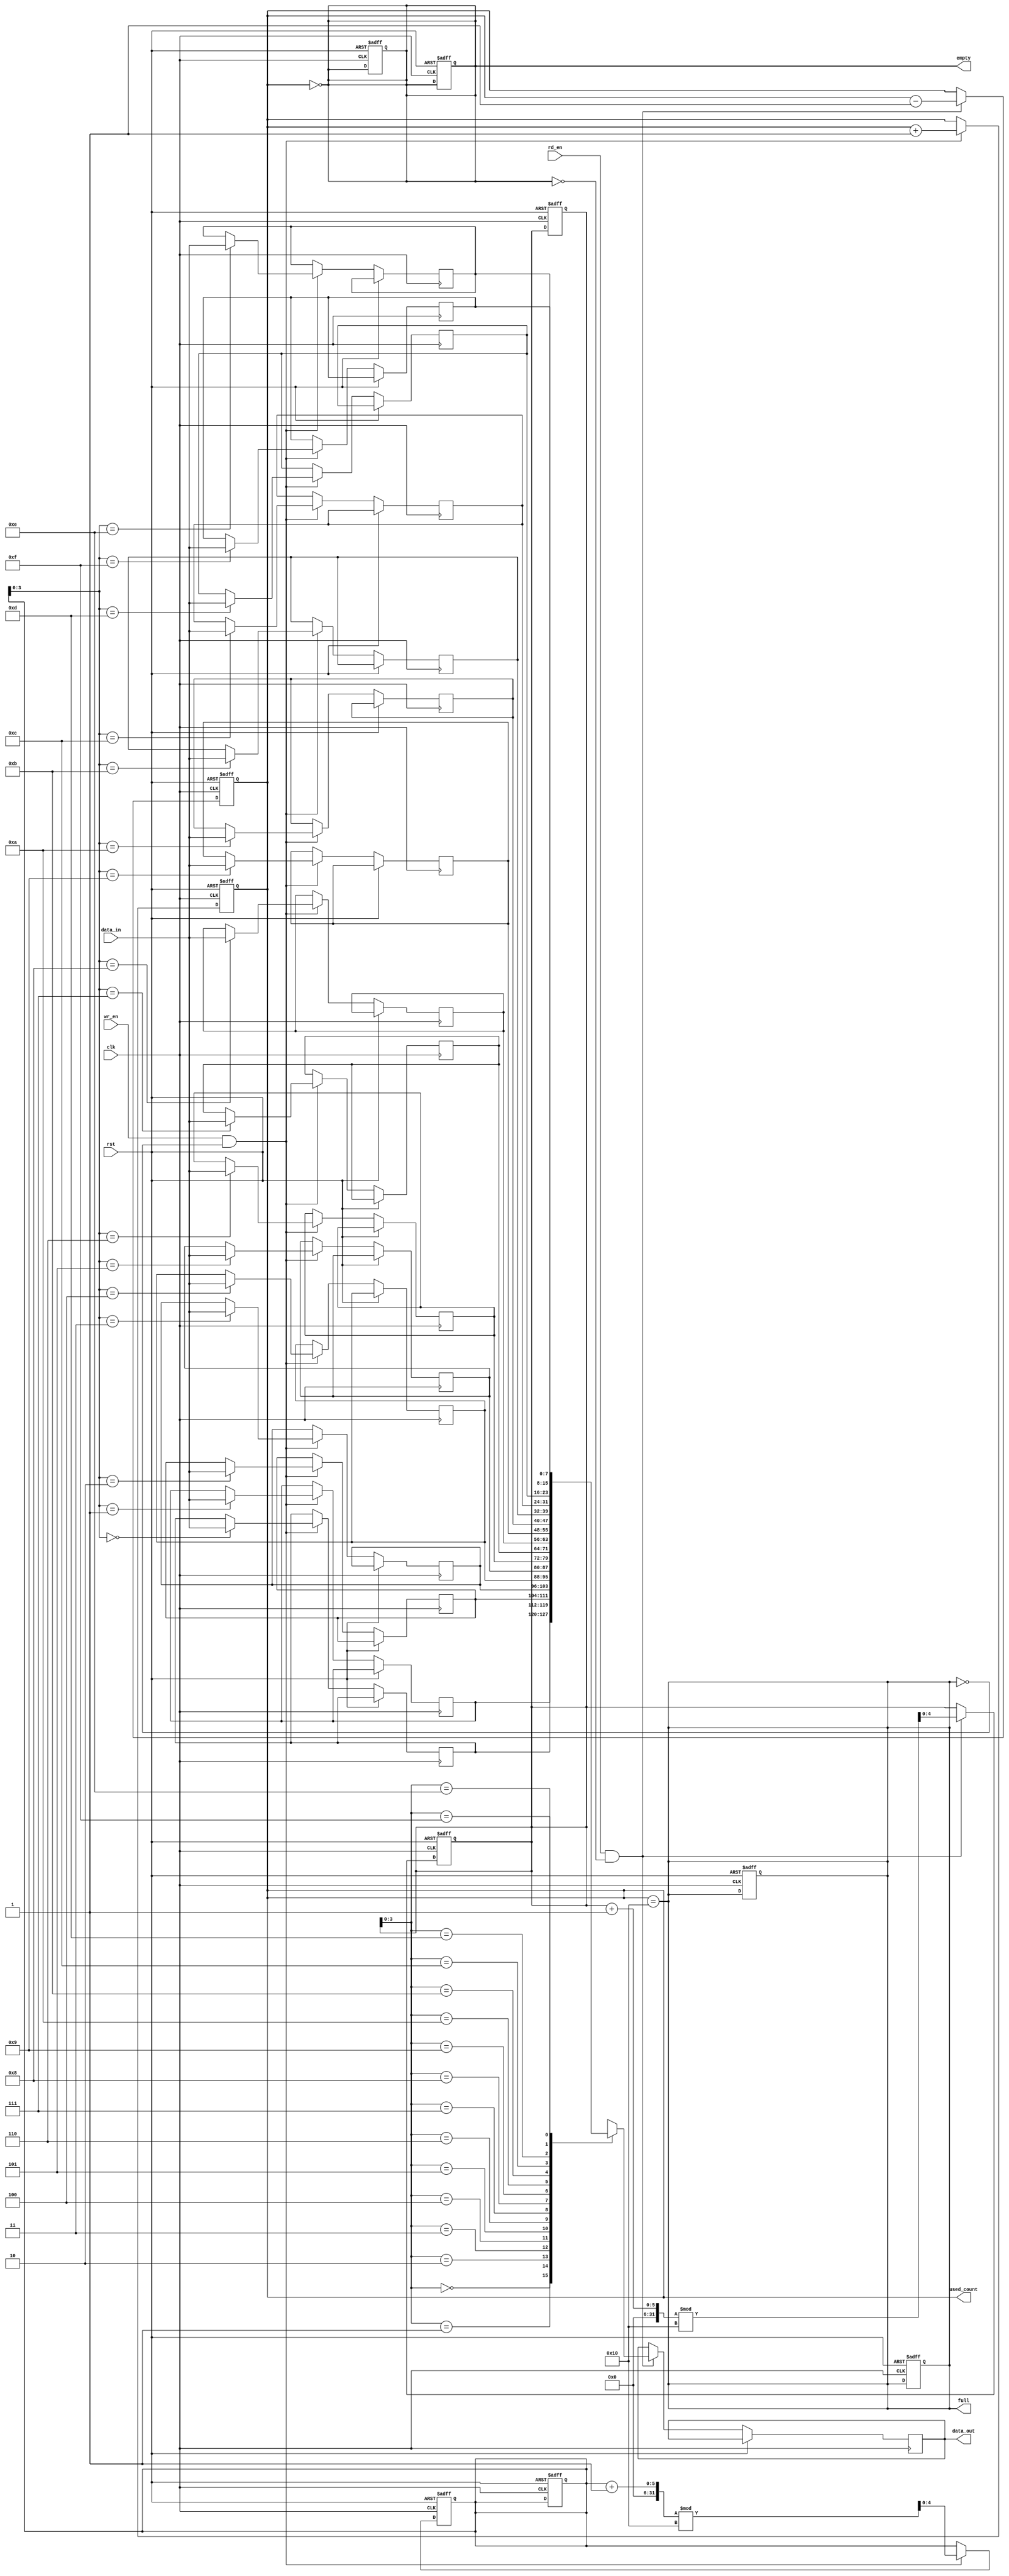
module parameterized_fifo #(
    parameter DEPTH = 16,  // Must be a power of two
    parameter WIDTH = 8    // Width of each data entry in bits
)(
    input wire clk,                // Clock signal
    input wire rst,                // Reset signal
    input wire wr_en,              // Write enable
    input wire rd_en,              // Read enable
    input wire [WIDTH-1:0] data_in,// Input data
    output reg [WIDTH-1:0] data_out,// Output data
    output reg full,              // FIFO full flag
    output reg empty,             // FIFO empty flag
    output reg [4:0] used_count   // Number of entries used
);

    // Internal memory array
    reg [WIDTH-1:0] fifo_mem [0:DEPTH-1];
    reg [4:0] wr_ptr;              // Write pointer
    reg [4:0] rd_ptr;              // Read pointer

    // Initialize the FIFO
    initial begin
        wr_ptr = 0;
        rd_ptr = 0;
        used_count = 0;
        full = 0;
        empty = 1;
    end

    // Write operation
    always @(posedge clk or posedge rst) begin
        if (rst) begin
            wr_ptr <= 0;
            rd_ptr <= 0;
            used_count <= 0;
            full <= 0;
            empty <= 1;
        end else begin
            if (wr_en && !full) begin
                fifo_mem[wr_ptr] <= data_in; // Write data to FIFO
                wr_ptr <= (wr_ptr + 1) % DEPTH; // Increment write pointer
                used_count <= used_count + 1; // Increment used count
            end
        end
    end

    // Read operation
    always @(posedge clk or posedge rst) begin
        if (rst) begin
            wr_ptr <= 0;
            rd_ptr <= 0;
            used_count <= 0;
            full <= 0;
            empty <= 1;
        end else begin
            if (rd_en && !empty) begin
                data_out <= fifo_mem[rd_ptr]; // Read data from FIFO
                rd_ptr <= (rd_ptr + 1) % DEPTH; // Increment read pointer
                used_count <= used_count - 1; // Decrement used count
            end
        end
    end

    // Update full and empty flags
    always @(used_count) begin
        full <= (used_count == DEPTH);
        empty <= (used_count == 0);
    end

endmodule